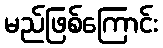
မည်ဖြစ်ကြောင်း